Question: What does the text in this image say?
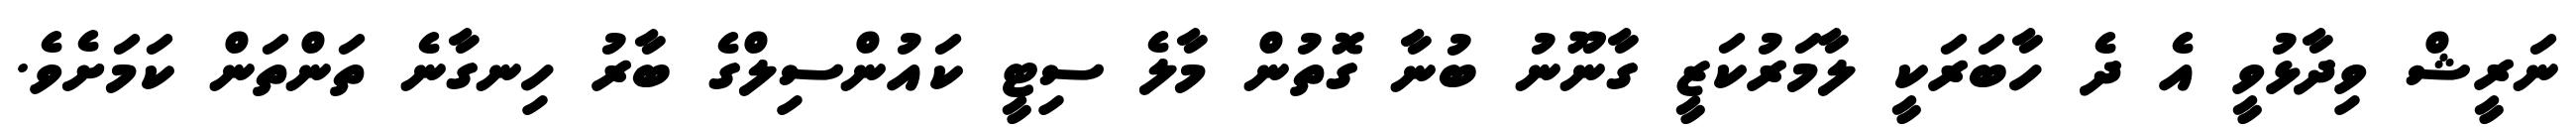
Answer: ނަރީޝް ވިދާޅުވީ އެ ދެ ހާބަރަކީ ލާމަރުކަޒީ ގާނޫނު ބުނާ ގޮތުން މާލެ ސިޓީ ކައުންސިލްގެ ބާރު ހިނގާނެ ތަންތަން ކަމަށެވެ.